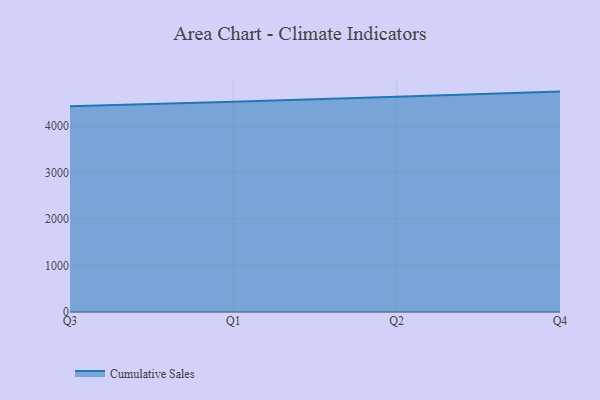
{"axis": {"x": "Quarter", "y": "Market Share (%)"}, "legend": ["Cumulative Sales"], "data": [{"x": "Q3", "y": 4428.1, "type": "Cumulative Sales"}, {"x": "Q1", "y": 4520.4, "type": "Cumulative Sales"}, {"x": "Q2", "y": 4632.3, "type": "Cumulative Sales"}, {"x": "Q4", "y": 4741.0, "type": "Cumulative Sales"}]}